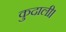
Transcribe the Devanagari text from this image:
कुदाली।